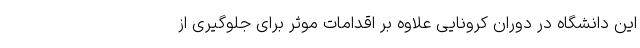
این دانشگاه در دوران کرونایی علاوه بر اقدامات موثر برای جلوگیری از